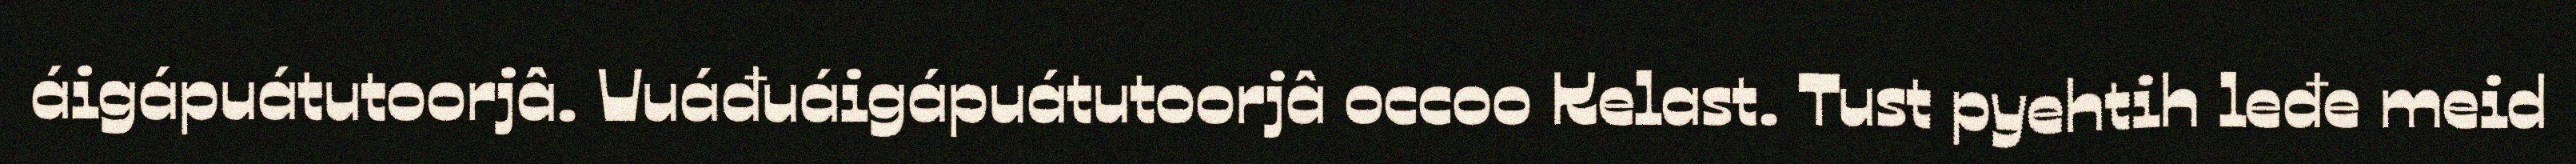
áigápuátutoorjâ. Vuáđuáigápuátutoorjâ occoo Kelast. Tust pyehtih leđe meid